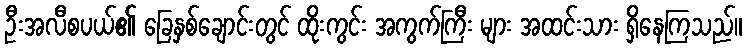
ဦးအလီစပယ်၏ ခြေနှစ်ချောင်းတွင် ထိုးကွင်း အကွက်ကြီး များ အထင်းသား ရှိနေကြသည်။